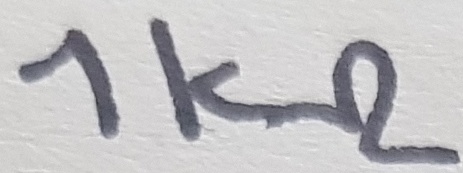
Text: 1kΩ